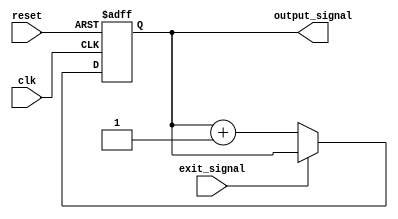
module repeat_loop (
    input wire clk,             // Clock signal
    input wire reset,           // Reset signal
    input wire exit_signal,     // Signal to exit the loop
    output reg [7:0] output_signal // Example output signal
);

    // Initialization
    initial begin
        output_signal = 8'b0;  // Set initial output value
    end

    // Always block to implement the repeat loop behavior
    always @(posedge clk or posedge reset) begin
        if (reset) begin
            // Reset the output signal on reset
            output_signal <= 8'b0;
        end else if (!exit_signal) begin
            // Infinite loop behavior - repeat this section until exit_signal is high
            // Execute the block of code
            output_signal <= output_signal + 1; // Example operation: Increment output signal

            // Additional operations can be added here
            // For example: reading inputs, performing computations, etc.
        end else begin
            // Graceful termination or state transition
            output_signal <= output_signal; // Maintain the current output state
        end
    end

endmodule